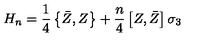
H _ { n } = \frac 1 4 \left\{ \bar { Z } , Z \right\} + \frac n 4 \left[ Z , \bar { Z } \right] \sigma _ { 3 }